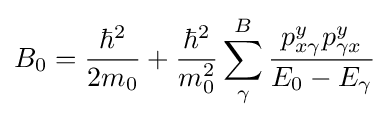
B_{0}={\frac {\hbar ^{2}}{2m_{0}}}+{\frac {\hbar ^{2}}{m_{0}^{2}}}\sum _{\gamma }^{B}{\frac {p_{x\gamma }^{y}p_{\gamma x}^{y}}{E_{0}-E_{\gamma }}}